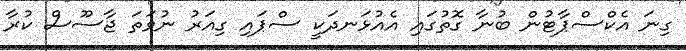
ގިނަ އެކްސްޕާޓުން ބުނާ ގޮތުގައި އެއުޅަނދަކީ ސްޕައި ގިއަރު ނުވަތަ ޖާސޫސް ކުރާ